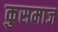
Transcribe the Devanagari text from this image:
कुसमाज